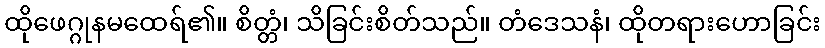
ထိုဖေဂ္ဂုနမထေရ်၏။ စိတ္တံ၊ သိခြင်းစိတ်သည်။ တံဒေသနံ၊ ထိုတရားဟောခြင်း